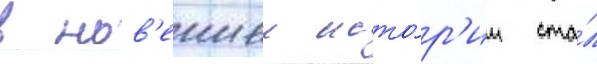
в нов'еишеи исто́р'ии ста́л